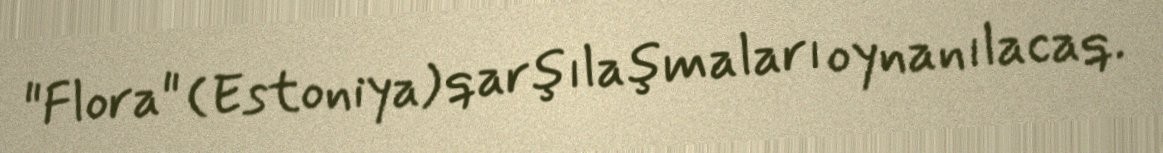
"Flora" (Estoniya) qarşılaşmaları oynanılacaq.